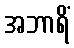
အဘာရိံ